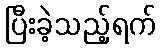
ပြီးခဲ့သည့်ရက်